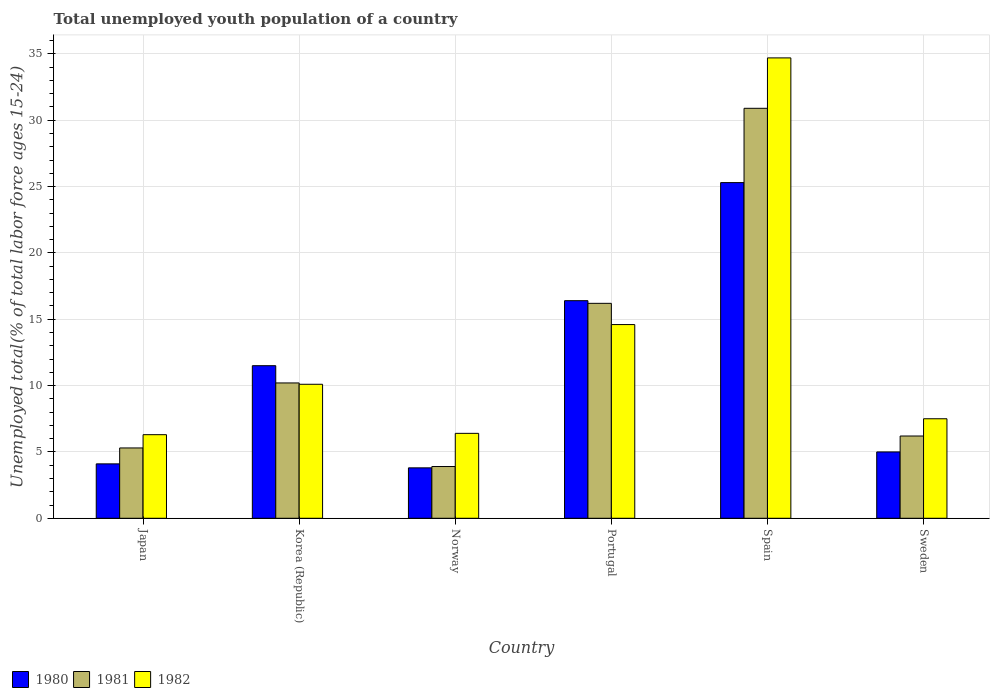
| Country | 1980 | 1981 | 1982 |
 | --- | --- | --- | --- |
 | Japan | 4.1 | 5.3 | 6.3 |
 | Korea (Republic) | 11.5 | 10.2 | 10.1 |
 | Norway | 3.8 | 3.9 | 6.4 |
 | Portugal | 16.4 | 16.2 | 14.6 |
 | Spain | 25.3 | 30.9 | 34.7 |
 | Sweden | 5 | 6.2 | 7.5 |